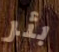
بئر